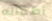
أطفاله